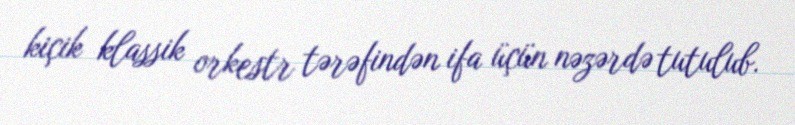
kiçik klassik orkestr tərəfindən ifa üçün nəzərdə tutulub.